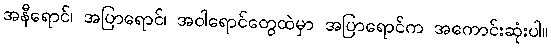
အနီရောင်၊ အပြာရောင်၊ အဝါရောင်တွေထဲမှာ အပြာရောင်က အကောင်းဆုံးပါ။